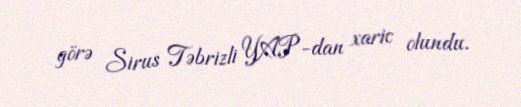
görə Sirus Təbrizli YAP-dan xaric olundu.